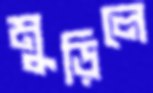
মুড়িলে